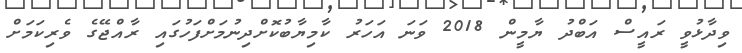
ވިދާޅުވީ ރައީސް އަބްދު ޔާމީން 2018 ވަނަ އަހަރު ކާމިޔާބުކޮށްދިނުމަށްފަހުގައި ރާއްޖޭގެ ވެރިކަަމަށް